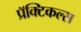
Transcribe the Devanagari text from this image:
प्रॅक्टिकल्स